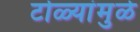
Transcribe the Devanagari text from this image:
टोळ्यांमुळे